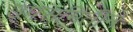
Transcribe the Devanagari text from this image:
उपसमितीने